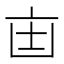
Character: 𫡺